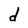
Character: d